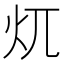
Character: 𱪤